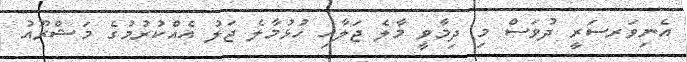
އެނިވަރސަރީ ދުވަސް މި ދިމާވީ މާލެ ޖަލާއި ހުޅުމާލެ ޖަލު އެއްކުރުމުގެ މަޝްރޫއު